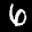
Label: 6